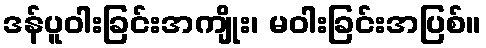
ဒန်ပူဝါးခြင်းအကျိုး၊ မဝါးခြင်းအပြစ်။